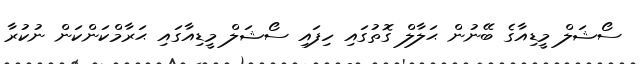
ސޯޝަލް މީޑިއާގެ ބޭނުން ޙަލާލް ގޮތުގައި ހިފައި ސޯޝަލް މީޑިއާގައި ޙަރާމްކަންކަން ނުކުރާ